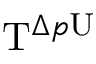
\mathrm { T } ^ { \Delta p \mathrm { U } }